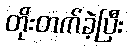
တိုးတက်ခဲ့ပြီး